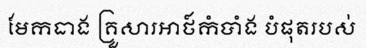
មែកធាង គ្រួសារអាថ៍កំបាំង បំផុតរបស់